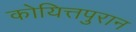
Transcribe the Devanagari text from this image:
कोयित्तपुरान